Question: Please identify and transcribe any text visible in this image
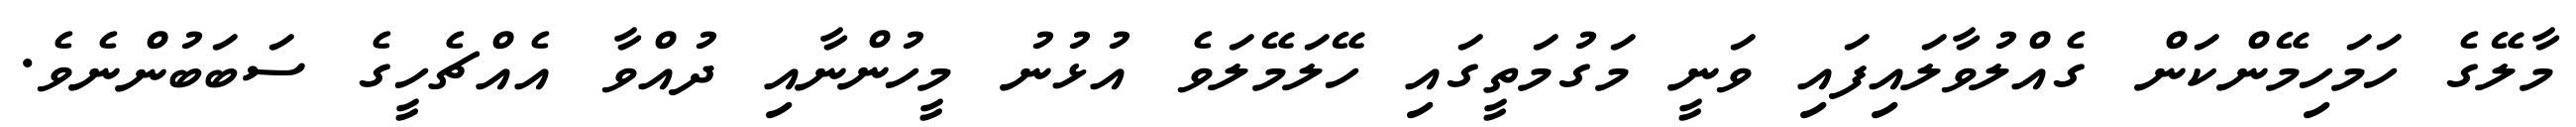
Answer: މާލޭގެ ހަމަހިމޭންކަން ގެއްލުވާލައިފައި ވަނީ މަގުމަތީގައި ހޭލަމޭލަވެ އުޅުނު މީހުންނާއި ދުއްވާ އެއްޗެހީގެ ސަބަބުންނެވެ.